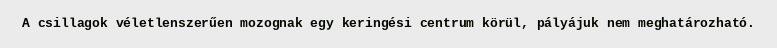
A csillagok véletlenszerűen mozognak egy keringési centrum körül, pályájuk nem meghatározható.